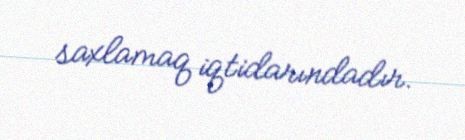
saxlamaq iqtidarındadır.